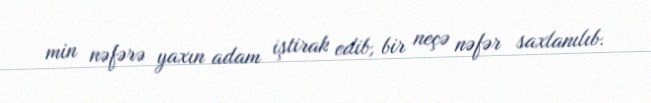
min nəfərə yaxın adam iştirak edib, bir neçə nəfər saxlanılıb.